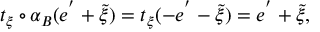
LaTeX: t _ { \xi } \circ \alpha _ { B } ( e ^ { ' } + \tilde { \xi } ) = t _ { \xi } ( - e ^ { ' } - \tilde { \xi } ) = e ^ { ' } + \tilde { \xi } ,